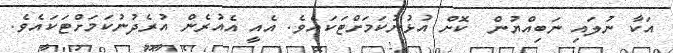
އަކާ ނުލައި ނަބިއްޔުން  ކޮށް އުޅުނުކަމަށްޓަކައެވެ. އެއީ އެއުރެން އުރެދުނުކަމަށްޓަކައެވެ.